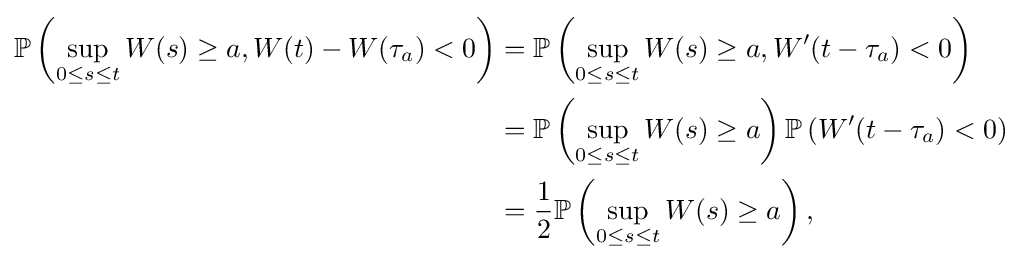
{\begin{aligned}\mathbb {P} \left(\sup _{0\leq s\leq t}W(s)\geq a,W(t)-W(\tau _{a})<0\right)&=\mathbb {P} \left(\sup _{0\leq s\leq t}W(s)\geq a,W'(t-\tau _{a})<0\right)\\&=\mathbb {P} \left(\sup _{0\leq s\leq t}W(s)\geq a\right)\mathbb {P} \left(W'(t-\tau _{a})<0\right)\\&={\frac {1}{2}}\mathbb {P} \left(\sup _{0\leq s\leq t}W(s)\geq a\right),\end{aligned}}